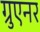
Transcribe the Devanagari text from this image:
ग्रुएनर